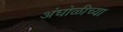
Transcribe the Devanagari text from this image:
अंघोळीच्या